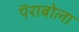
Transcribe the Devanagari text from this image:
पॅराबोला